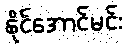
နိုင်အောင်မင်း